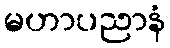
မဟာပညာနံ